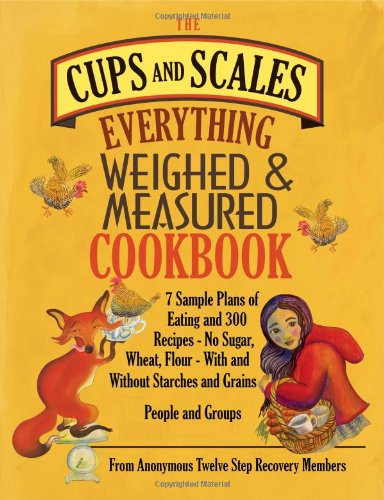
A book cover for The Cups & Scales Everything Weighed & Measured Cookbook; Cookbooks, Food & Wine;